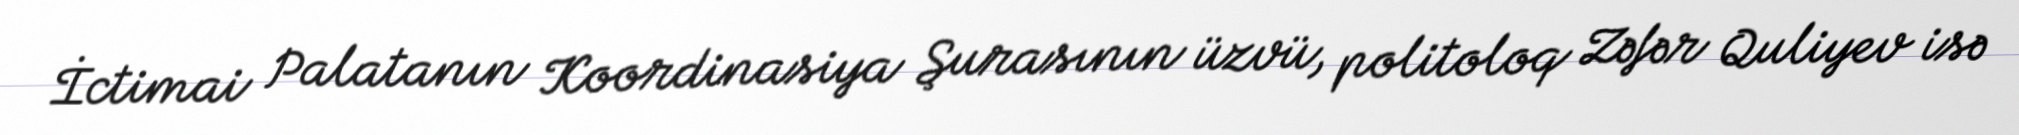
İctimai Palatanın Koordinasiya Şurasının üzvü, politoloq Zəfər Quliyev isə